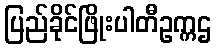
ပြည်ခိုင်ဖြိုးပါတီဥက္ကဌ